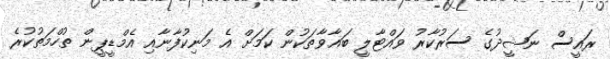
ރައީސް ނަޝީދުގެ ސަރުކާރު ވައްޓާލީ ބަޣާވާތަކުން ކަމަށް އެ މަނިކުފާނާއި އެމްޑީޕީން ތުހްމަތުކުރެ